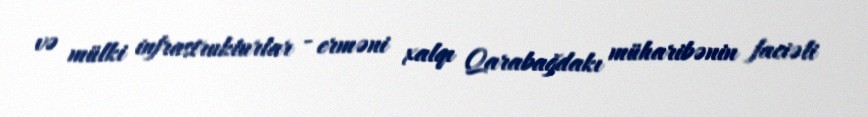
və mülki infrastrukturlar - erməni xalqı Qarabağdakı müharibənin faciəli